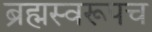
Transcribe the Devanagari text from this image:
ब्रह्मस्वरूपच